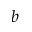
b